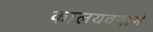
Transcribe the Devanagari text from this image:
कालयवनाने